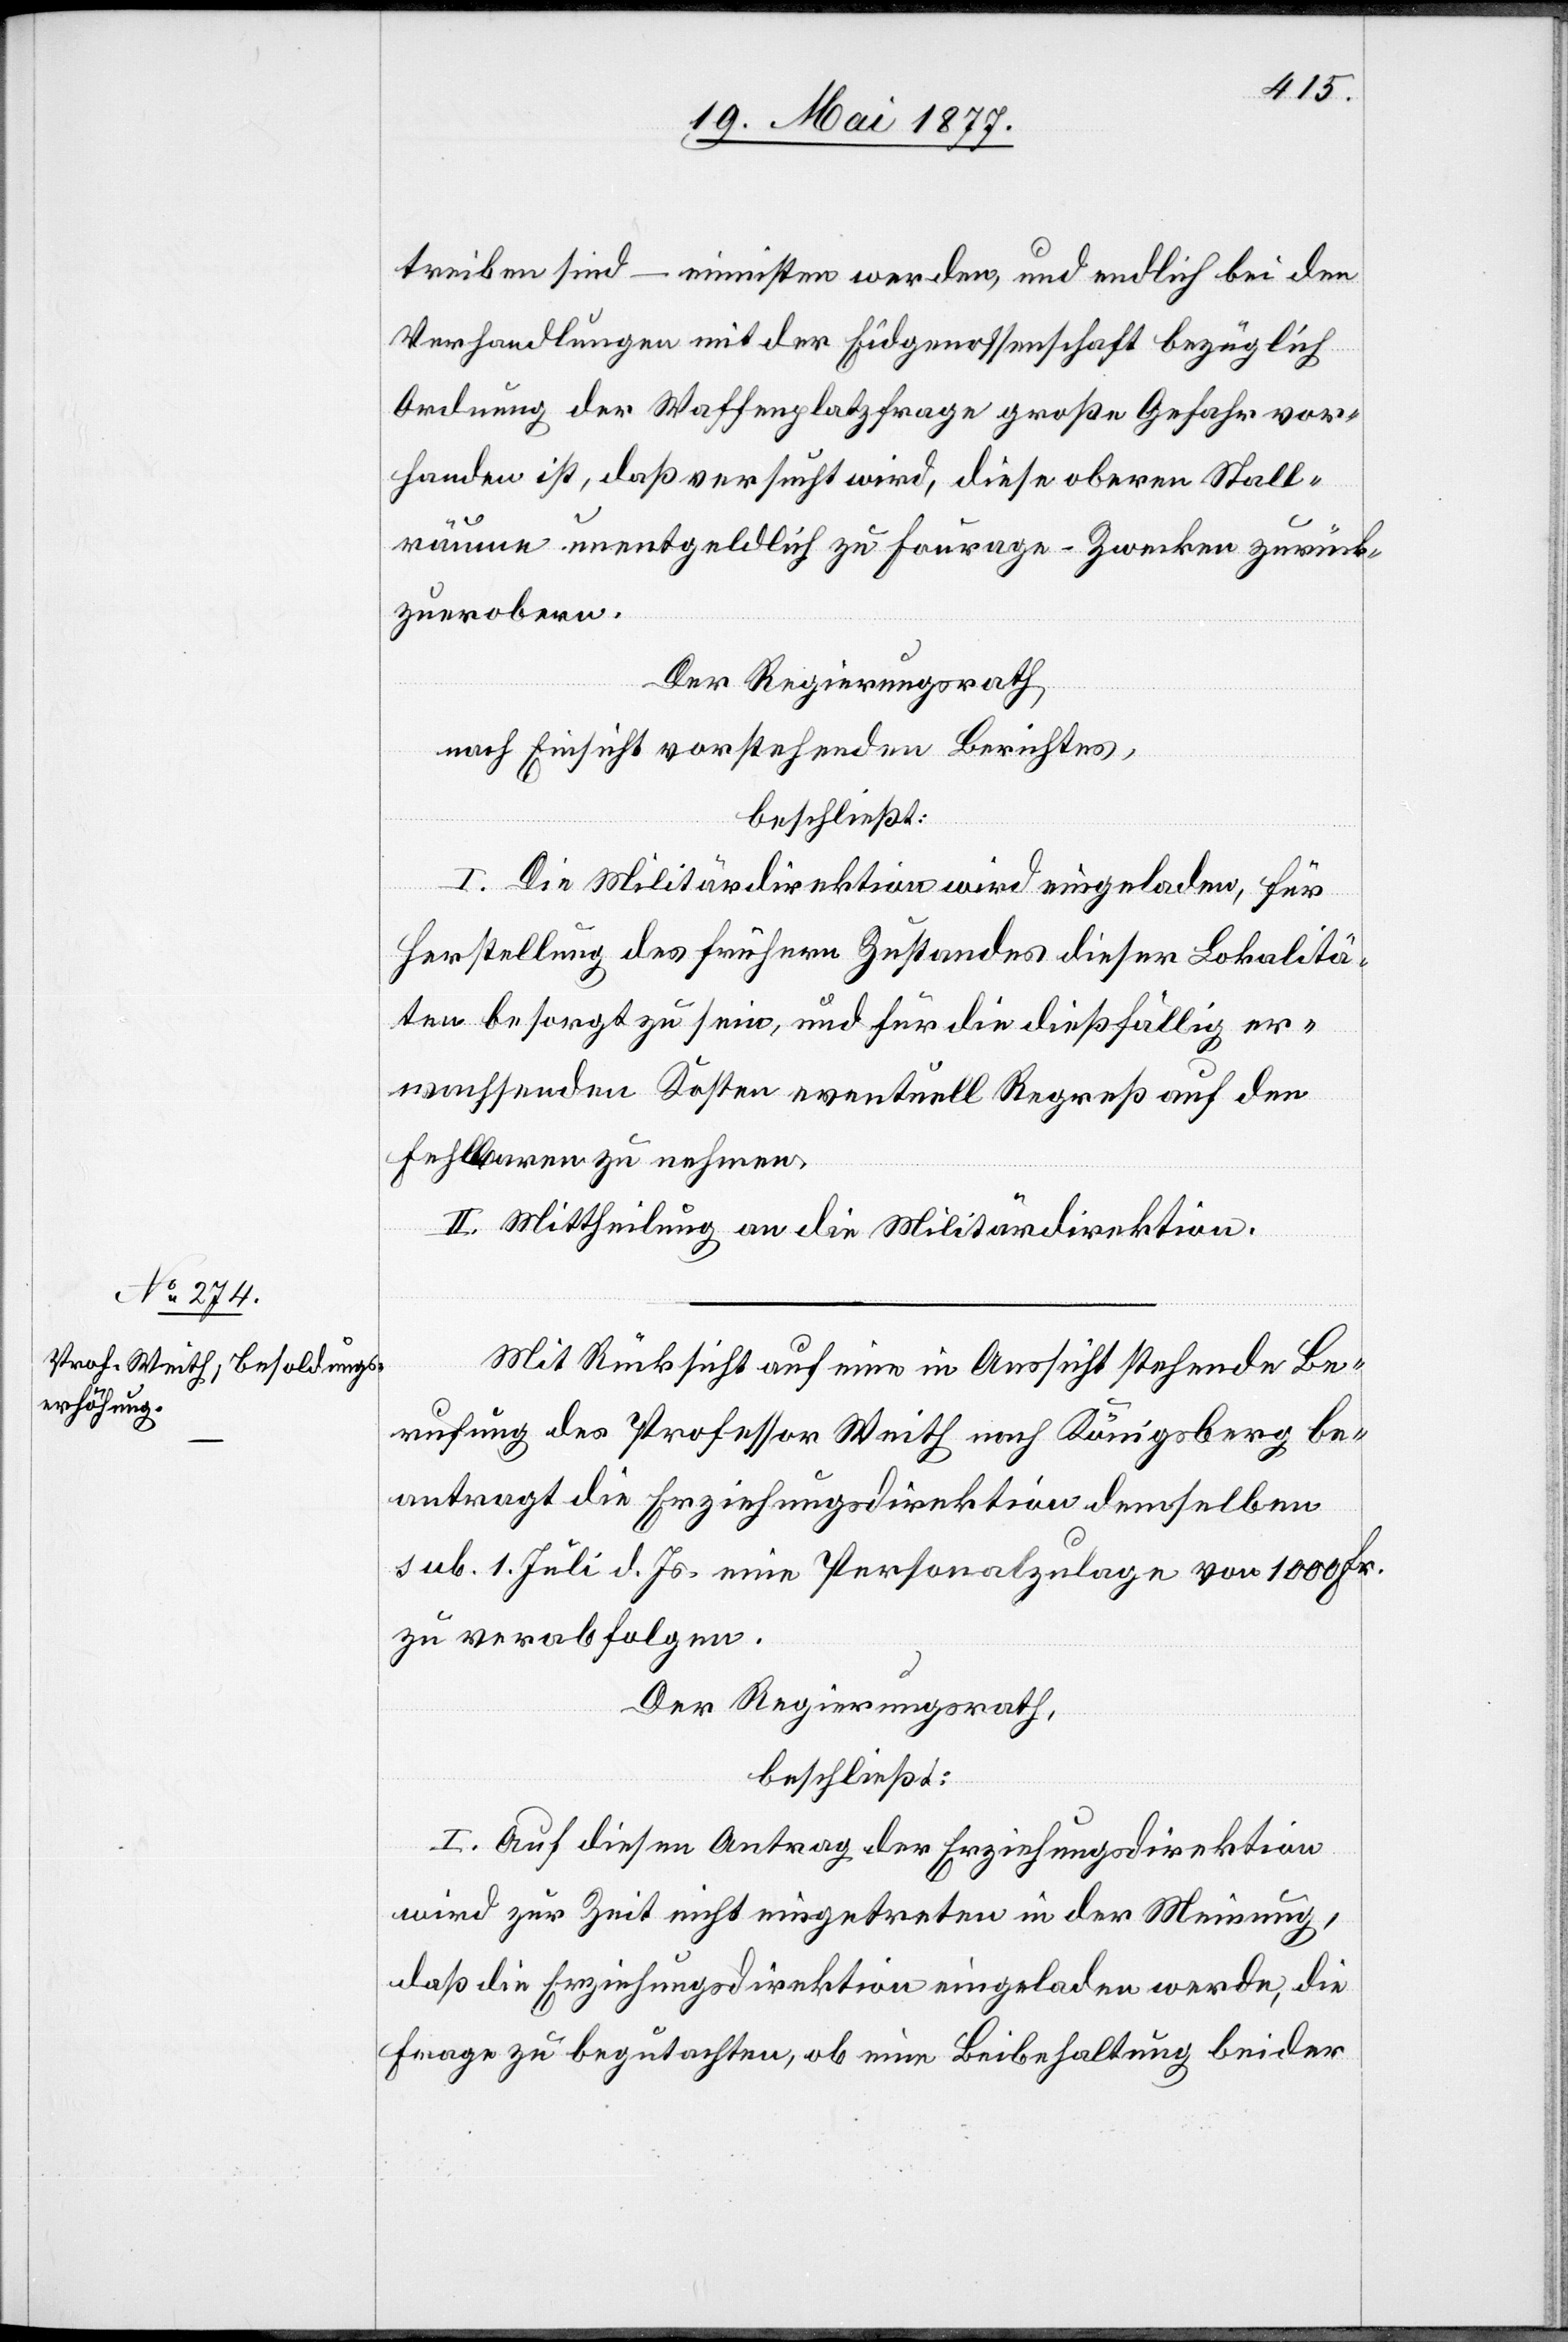
treiben sind – einnisten werden, und endlich bei den
Verhandlungen mit der Eidgenossenschaft bezüglich
Ordnung der Waffenplatzfrage große Gefahr vor¬
handen ist, daß versucht wird, diese obern Stall¬
räume unentgeldlich zu Fourage-Zwecken zurück¬
zuerobern.
Der Regierungsrath,
nach Einsicht des vorstehenden Berichtes,
beschließt:
I. Die Militärdirektion wird eingeladen, für
Herstellung des frühern Zustandes dieser Lokalitä¬
ten besorgt zu sein, und für die dießfällig er¬
wachsenden Kosten eventuell Regreß auf den
Fehlbaren zu nehmen.
II. Mittheilung an die Militärdirektion.
Mit Rücksicht auf eine in Aussicht stehende Be¬
rufung des Professor Weith nach Königsberg be¬
antragt die Erziehungsdirektion demselben
sub. 1. Juli d. Js. eine Personalzulage von 1000 Fr.
zu verabfolgen.
Der Regierungsrath
beschließt:
I. Auf diesen Antrag der Erziehungsdirektion
wird zur Zeit nicht eingetreten in der Meinung,
daß die Erziehungsdirektion eingeladen werde, die
Frage zu begutachten, ob eine Beibehaltung beider